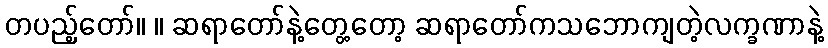
တပည့်တော်။ ။ ဆရာတော်နဲ့တွေ့တော့ ဆရာတော်ကသဘောကျတဲ့လက္ခဏာနဲ့